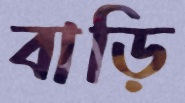
বাড়ি